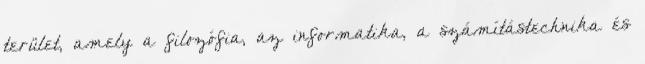
terület, amely a filozófia, az informatika, a számítástechnika és